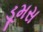
ડૂમસ